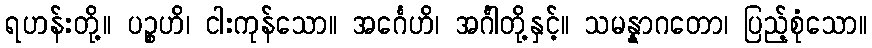
ရဟန်းတို့။ ပဉ္စဟိ၊ ငါးကုန်သော။ အင်္ဂေဟိ၊ အင်္ဂါတို့နှင့်။ သမန္နာဂတော၊ ပြည့်စုံသော။